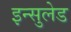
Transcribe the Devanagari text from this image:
इन्सुलेड